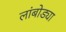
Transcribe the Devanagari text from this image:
लांबोड्या